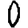
Digit: 0